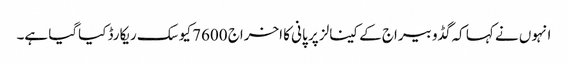
انہوں نے کہا کہ گڈو بیراج کے کینالز پر پانی کا اخراج 7600 کیوسک ریکارڈ کیاگیا ہے۔